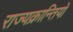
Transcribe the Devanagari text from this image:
राज्यक्रान्तियों